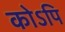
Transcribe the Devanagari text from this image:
कोऽपि